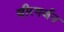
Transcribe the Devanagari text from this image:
वीरगर्जन